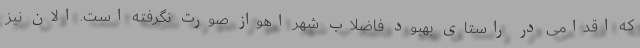
که اقدامی در راستای بهبود فاضلاب شهر اهواز صورت نگرفته است. الان نیز